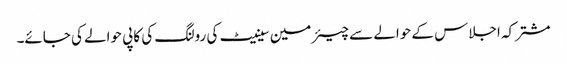
مشترکہ اجلاس کے حوالے سے چیئرمین سینیٹ کی رولنگ کی کاپی حوالے کی جائے۔